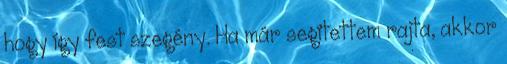
hogy így fest szegény. Ha már segítettem rajta, akkor